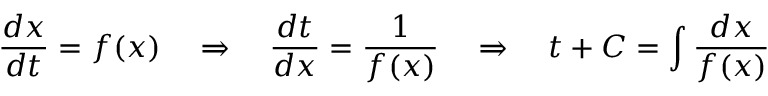
{ \frac { d x } { d t } } = f ( x ) \quad \Rightarrow \quad { \frac { d t } { d x } } = { \frac { 1 } { f ( x ) } } \quad \Rightarrow \quad t + C = \int { \frac { d x } { f ( x ) } }